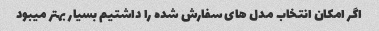
اگر امکان انتخاب مدل هاى سفارش شده را داشتیم بسیار بهتر میبود